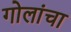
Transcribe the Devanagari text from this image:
गोलांचा